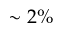
\sim 2 \%